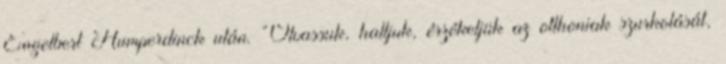
Engelbert Humperdinck után. “Olvassuk, halljuk, érzékeljük az otthoniak szurkolását,